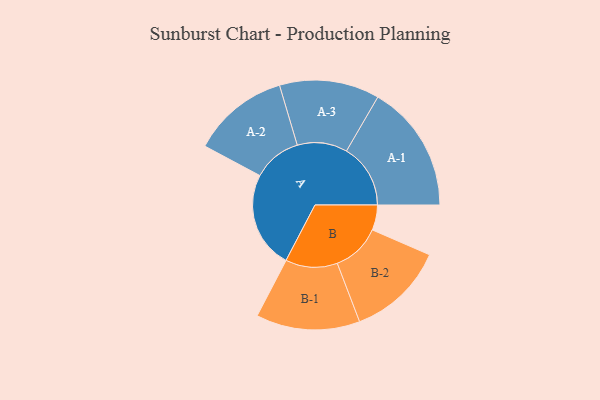
{"axis": {"x": "Segment", "y": "Value"}, "legend": ["", "A", "B"], "data": [{"x": "A", "y": 401, "type": ""}, {"x": "B", "y": 104, "type": ""}, {"x": "A-1", "y": 265, "type": "A"}, {"x": "A-2", "y": 201, "type": "A"}, {"x": "A-3", "y": 207, "type": "A"}, {"x": "B-1", "y": 215, "type": "B"}, {"x": "B-2", "y": 202, "type": "B"}]}